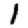
Digit: 1